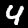
Digit: 4